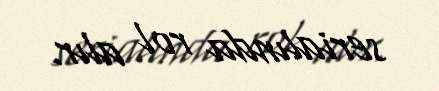
serialında rol alır.